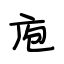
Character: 庖